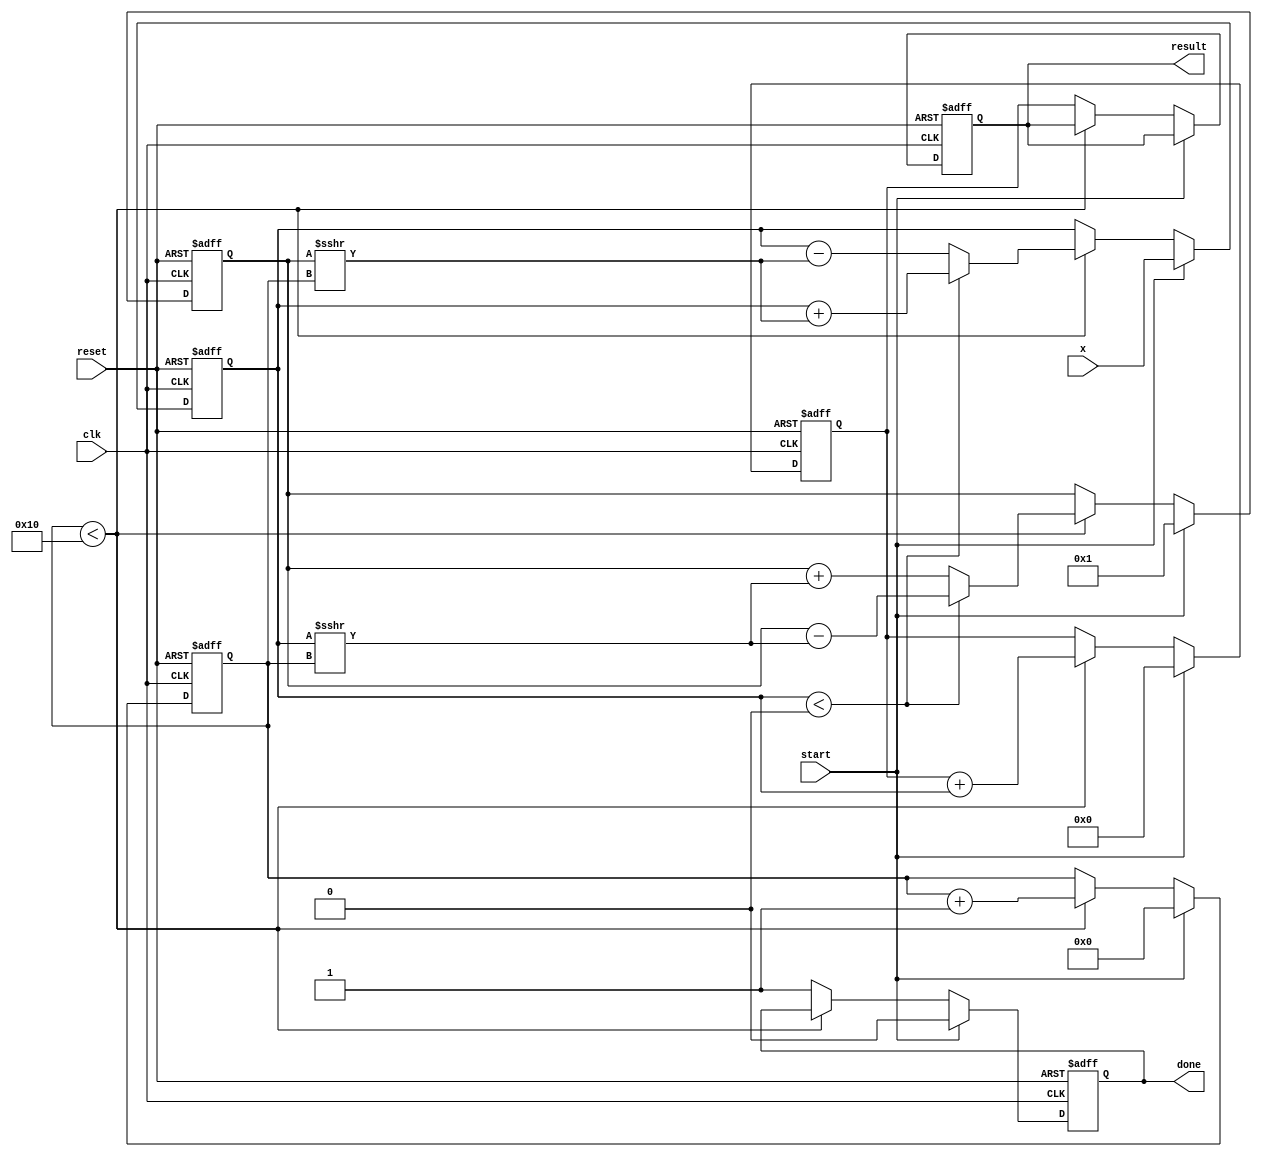
module cordic_exponential #(
    parameter N = 16, // Number of iterations
    parameter WIDTH = 32 // Bit-width for fixed-point representation
)(
    input wire clk,
    input wire reset,
    input wire start,
    input wire [WIDTH-1:0] x, // Input exponent
    output reg [WIDTH-1:0] result, // Output result for e^x
    output reg done // Done signal
);

    // CORDIC constants
    reg [WIDTH-1:0] atan_table [0:N-1]; // Lookup table for atan(2^-i)
    reg [WIDTH-1:0] x_curr, y_curr; // Current x and y values
    reg [WIDTH-1:0] x_accum; // Accumulator for x values
    reg [N-1:0] iteration; // Iteration counter
    reg [WIDTH-1:0] scaling_factor; // Scaling factor for e^x

    // Initialize the atan_table with precomputed values
    initial begin
        // Example values for atan_table (in fixed-point format)
        atan_table[0] = 32'h00000000; // atan(1) = 0
        atan_table[1] = 32'h3F19999A; // atan(0.5) = 0.463647609
        atan_table[2] = 32'h3E4CCCCD; // atan(0.25) = 0.244978663
        // ... Fill in the rest of the atan_table values
    end

    // Scaling factor for e^x
    initial begin
        scaling_factor = 32'h00000001; // 1.0 in fixed-point
    end

    // CORDIC Engine
    always @(posedge clk or posedge reset) begin
        if (reset) begin
            x_curr <= 0;
            y_curr <= 0;
            x_accum <= 0;
            iteration <= 0;
            done <= 0;
            result <= 0;
        end else if (start) begin
            // Initialize for the first iteration
            x_curr <= x; // Input exponent
            y_curr <= scaling_factor; // Start with scaling factor
            x_accum <= 0;
            iteration <= 0;
            done <= 0;
        end else if (iteration < N) begin
            // CORDIC rotation calculations
            if (x_curr < 0) begin
                x_curr <= x_curr + (y_curr >>> iteration); // x' = x + y * D
                y_curr <= y_curr - (x_curr >>> iteration); // y' = y - x * D
            end else begin
                x_curr <= x_curr - (y_curr >>> iteration); // x' = x - y * D
                y_curr <= y_curr + (x_curr >>> iteration); // y' = y + x * D
            end
            // Update the accumulator
            x_accum <= x_accum + x_curr;
            iteration <= iteration + 1;
        end else begin
            // Final result calculation
            result <= x_accum; // Final result for e^x
            done <= 1; // Indicate completion
        end
    end

endmodule